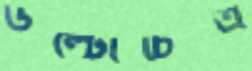
উল্টোচিত্র